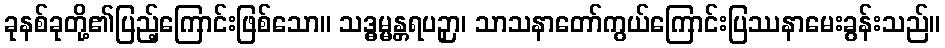
ခုနစ်ခုတို့၏ပြည့်ကြောင်းဖြစ်သော။ သဒ္ဓမ္မန္တရပဉှာ၊ သာသနာတော်ကွယ်ကြောင်းပြဿနာမေးခွန်းသည်။